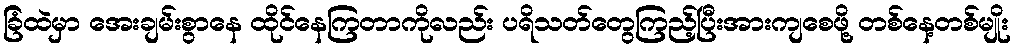
ခြံထဲမှာ အေးချမ်းစွာနေ ထိုင်နေကြတာကိုလည်း ပရိသတ်တွေကြည့်ပြီးအားကျစေဖို့ တစ်နေ့တစ်မျိုး